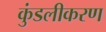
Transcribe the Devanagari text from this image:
कुंडलीकरण